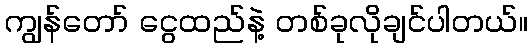
ကျွန်တော် ငွေထည်နဲ့ တစ်ခုလိုချင်ပါတယ်။